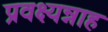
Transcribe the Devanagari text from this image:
प्रवक्ष्यन्नाह